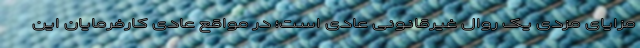
مزایای مزدی یک روال غیرقانونی عادی است؛ در مواقع عادی کارفرمایان این